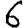
Digit: 6